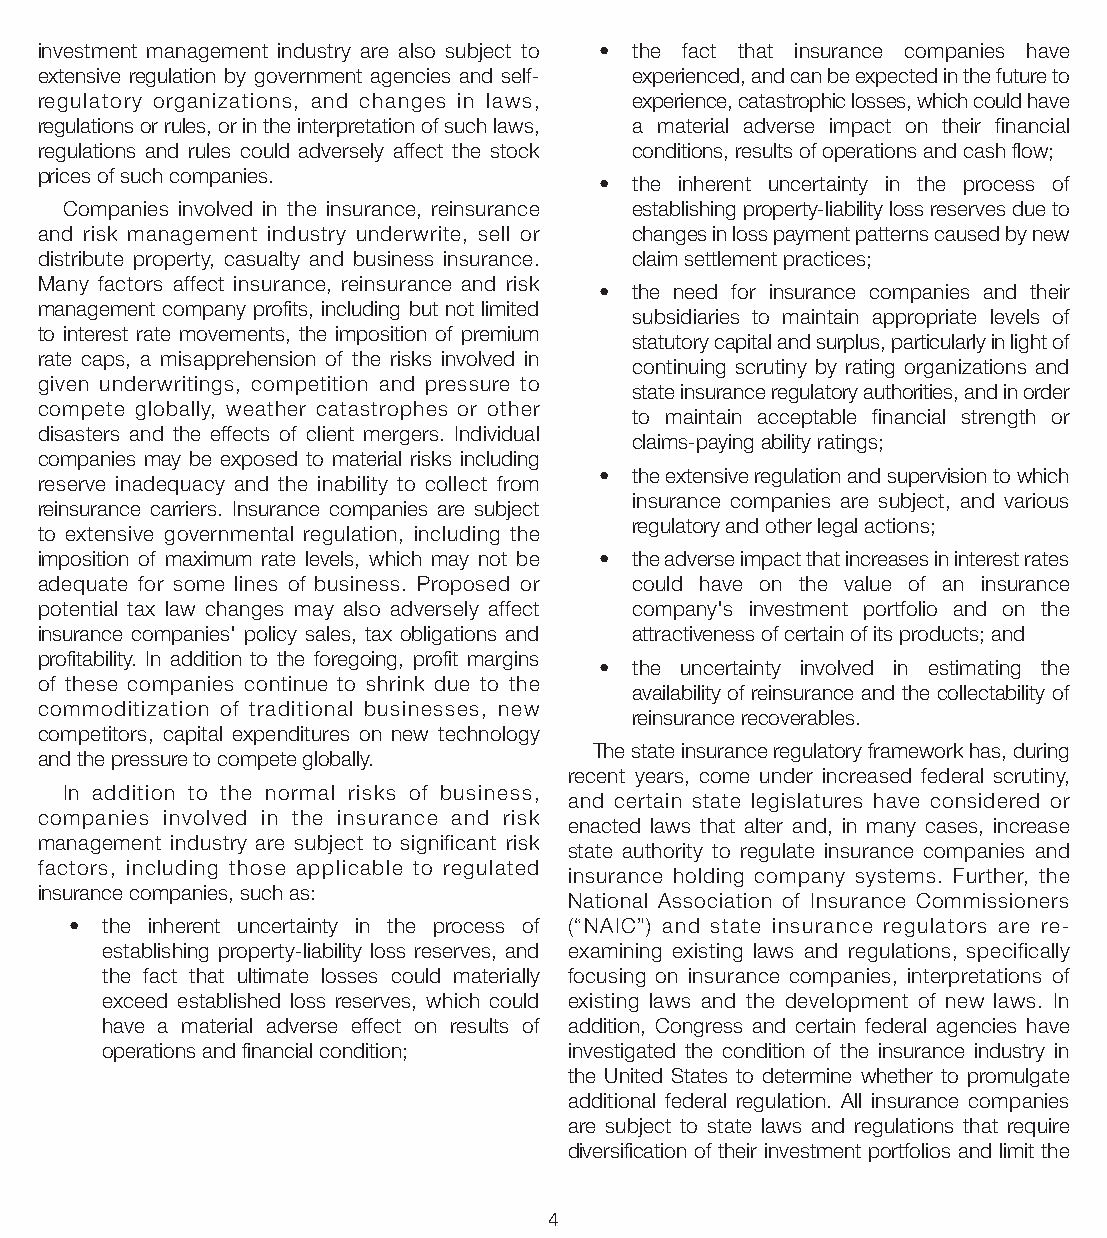
investment management industry are also subject to • the fact that insurance companies have
 extensive regulation by government agencies and self- experienced, and can be expected in the future to
 regulatory organizations, and changes in laws, experience, catastrophic losses, which could have
 regulations or rules, or in the interpretation of such laws, a material adverse impact on their financial
 regulations and rules could adversely affect the stock conditions, results of operations and cash flow;
 prices of such companies.
 • the inherent uncertainty in the process of
 Companies involved in the insurance, reinsurance establishing property-liability loss reserves due to
 and risk management industry underwrite, sell or changes in loss payment patterns caused by new
 distribute property, casualty and business insurance. claim settlement practices;
 Many factors affect insurance, reinsurance and risk
 • the need for insurance companies and their
 management company profits, including but not limited
 subsidiaries to maintain appropriate levels of
 to interest rate movements, the imposition of premium
 statutory capital and surplus, particularly in light of
 rate caps, a misapprehension of the risks involved in
 continuing scrutiny by rating organizations and
 given underwritings, competition and pressure to
 state insurance regulatory authorities, and in order
 compete globally, weather catastrophes or other
 to maintain acceptable financial strength or
 disasters and the effects of client mergers. Individual
 claims-paying ability ratings;
 companies may be exposed to material risks including
 • the extensive regulation and supervision to which
 reserve inadequacy and the inability to collect from
 insurance companies are subject, and various
 reinsurance carriers. Insurance companies are subject
 regulatory and other legal actions;
 to extensive governmental regulation, including the
 imposition of maximum rate levels, which may not be • the adverse impact that increases in interest rates
 adequate for some lines of business. Proposed or could have on the value of an insurance
 potential tax law changes may also adversely affect company's investment portfolio and on the
 insurance companies' policy sales, tax obligations and attractiveness of certain of its products; and
 profitability. In addition to the foregoing, profit margins
 • the uncertainty involved in estimating the
 of these companies continue to shrink due to the
 availability of reinsurance and the collectability of
 commoditization of traditional businesses, new
 reinsurance recoverables.
 competitors, capital expenditures on new technology
 The state insurance regulatory framework has, during
 and the pressure to compete globally.
 recent years, come under increased federal scrutiny,
 In addition to the normal risks of business,
 and certain state legislatures have considered or
 companies involved in the insurance and risk
 enacted laws that alter and, in many cases, increase
 management industry are subject to significant risk
 state authority to regulate insurance companies and
 factors, including those applicable to regulated
 insurance holding company systems. Further, the
 insurance companies, such as:
 National Association of Insurance Commissioners
 • the inherent uncertainty in the process of (“NAIC”) and state insurance regulators are re-
 establishing property-liability loss reserves, and examining existing laws and regulations, specifically
 the fact that ultimate losses could materially focusing on insurance companies, interpretations of
 exceed established loss reserves, which could existing laws and the development of new laws. In
 have a material adverse effect on results of addition, Congress and certain federal agencies have
 operations and financial condition; investigated the condition of the insurance industry in
 the United States to determine whether to promulgate
 additional federal regulation. All insurance companies
 are subject to state laws and regulations that require
 diversification of their investment portfolios and limit the
 4